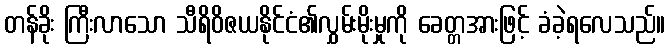
တန်ခိုး ကြီးလာသော သီရိဝိဇယနိုင်ငံ၏လွှမ်းမိုးမှုကို ခေတ္တအားဖြင့် ခံခဲ့ရလေသည်။